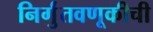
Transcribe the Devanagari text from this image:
निर्गुंतवणूकीची